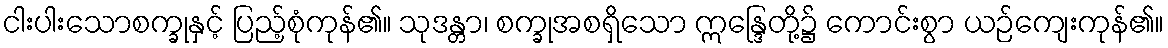
ငါးပါးသောစက္ခုနှင့် ပြည့်စုံကုန်၏။ သုဒန္တာ၊ စက္ခုအစရှိသော ဣန္ဒြေတို့၌ ကောင်းစွာ ယဉ်ကျေးကုန်၏။